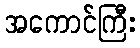
အကောင်ကြီး